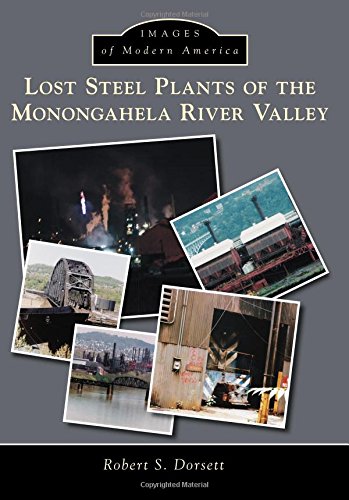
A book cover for Lost Steel Plants of the Monongahela River Valley (Images of Modern America); Robert S. Dorsett; Business & Money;